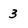
Character: 3